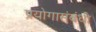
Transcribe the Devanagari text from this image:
प्रयोगासंबंधी